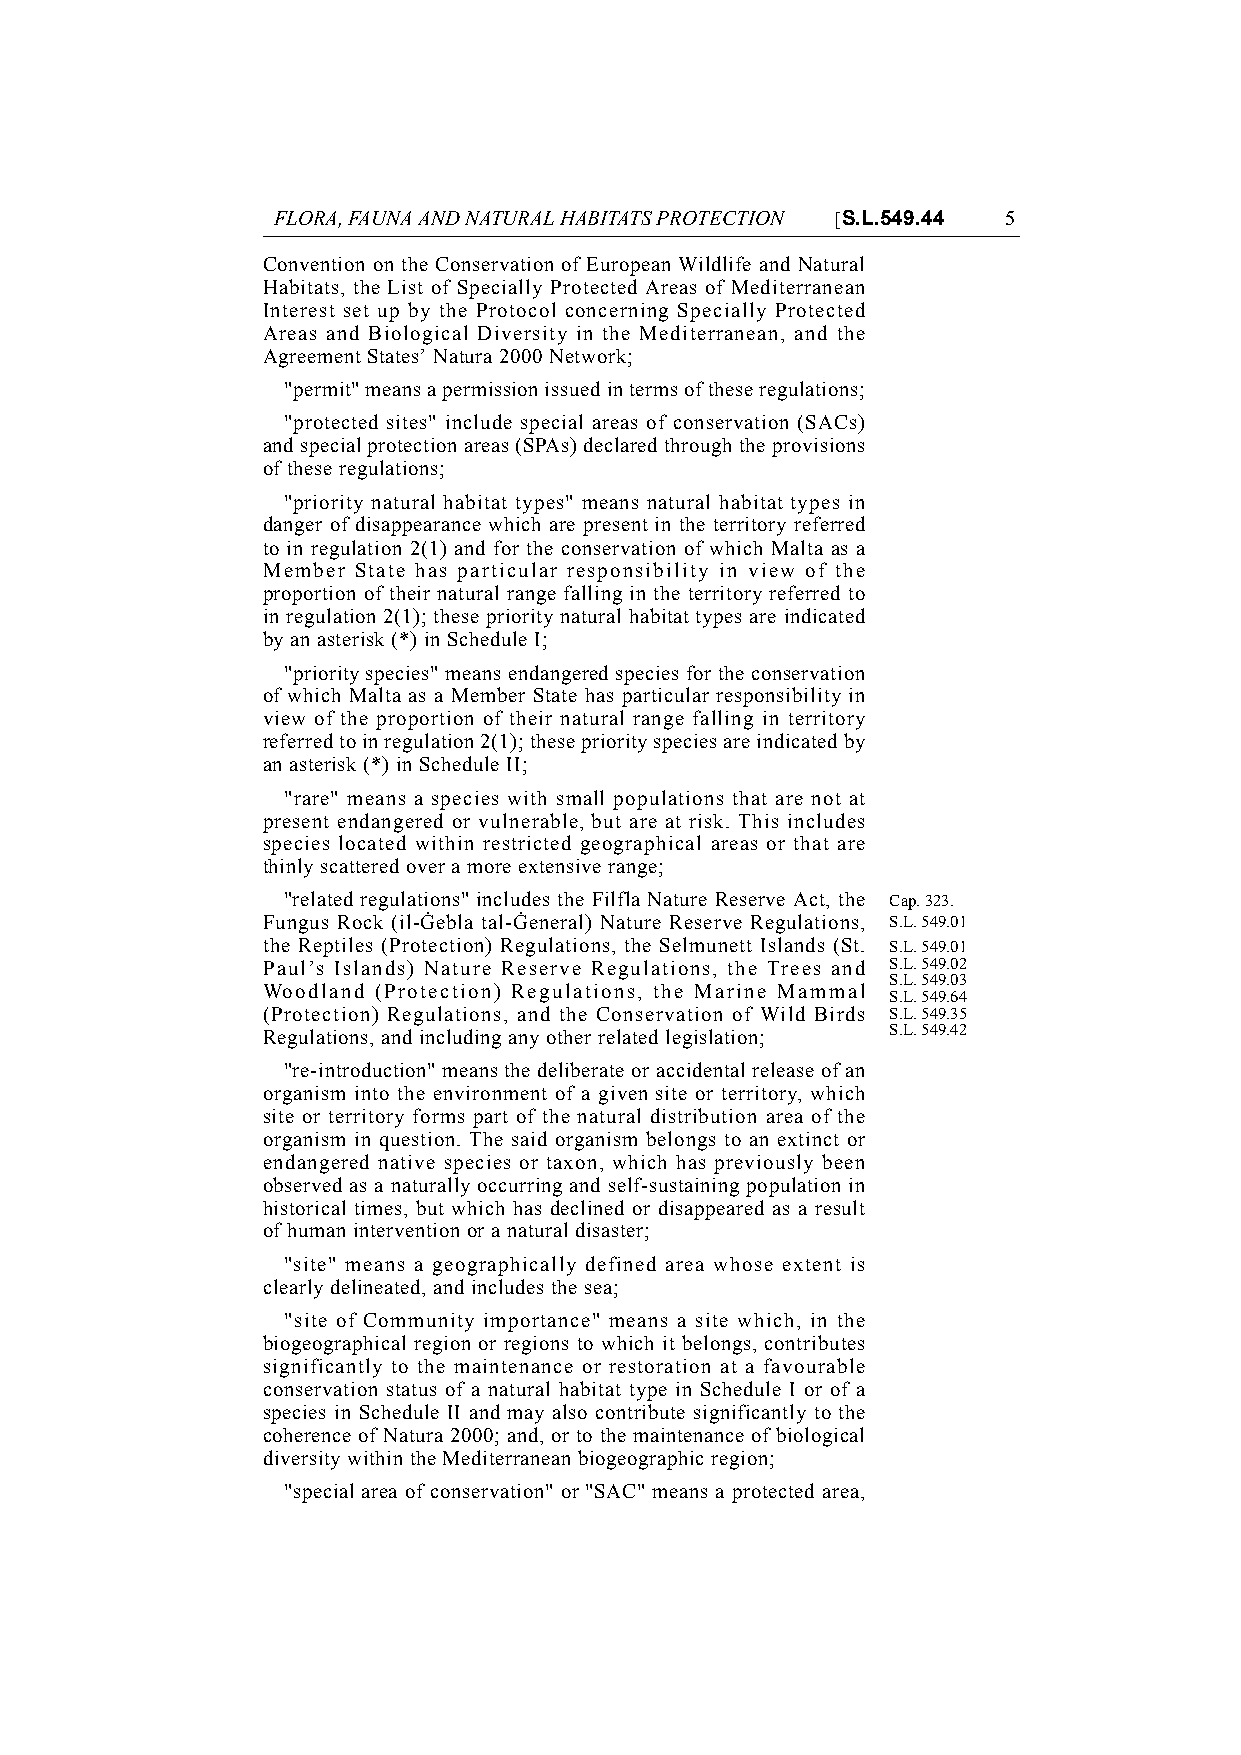
FLORA, FAUNA AND NATURAL HABITATS PROTECTION [S.L.549.44 5
 Convention on the Conservation of European Wildlife and Natural
 Habitats, the List of Specially Protected Areas of Mediterranean
 Interest set up by the Protocol concerning Specially Protected
 Areas and Biological Diversity in the Mediterranean, and the
 Agreement States’ Natura 2000 Network;
 "permit" means a permission issued in terms of these regulations;
 "protected sites" include special areas of conservation (SACs)
 and special protection areas (SPAs) declared through the provisions
 of these regulations;
 "priority natural habitat types" means natural habitat types in
 danger of disappearance which are present in the territory referred
 to in regulation 2(1) and for the conservation of which Malta as a
 Member State has particular responsibility in view of the
 proportion of their natural range falling in the territory referred to
 in regulation 2(1); these priority natural habitat types are indicated
 by an asterisk (*) in Schedule I;
 "priority species" means endangered species for the conservation
 of which Malta as a Member State has particular responsibility in
 view of the proportion of their natural range falling in territory
 referred to in regulation 2(1); these priority species are indicated by
 an asterisk (*) in Schedule II;
 "rare" means a species with small populations that are not at
 present endangered or vulnerable, but are at risk. This includes
 species located within restricted geographical areas or that are
 thinly scattered over a more extensive range;
 "related regulations" includes the Filfla Nature Reserve Act, the Cap. 323.
 Fungus Rock (il-{ebla tal-{eneral) Nature Reserve Regulations, S.L. 549.01
 the Reptiles (Protection) Regulations, the Selmunett Islands (St. S.L. 549.01
 Paul’s Islands) Nature Reserve Regulations, the Trees and S.L. 549.02
 S.L. 549.03
 Woodland (Protection) Regulations, the Marine Mammal
 S.L. 549.64
 (Protection) Regulations, and the Conservation of Wild Birds S.L. 549.35
 Regulations, and including any other related legislation; S.L. 549.42
 "re-introduction" means the deliberate or accidental release of an
 organism into the environment of a given site or territory, which
 site or territory forms part of the natural distribution area of the
 organism in question. The said organism belongs to an extinct or
 endangered native species or taxon, which has previously been
 observed as a naturally occurring and self-sustaining population in
 historical times, but which has declined or disappeared as a result
 of human intervention or a natural disaster;
 "site" means a geographically defined area whose extent is
 clearly delineated, and includes the sea;
 "site of Community importance" means a site which, in the
 biogeographical region or regions to which it belongs, contributes
 significantly to the maintenance or restoration at a favourable
 conservation status of a natural habitat type in Schedule I or of a
 species in Schedule II and may also contribute significantly to the
 coherence of Natura 2000; and, or to the maintenance of biological
 diversity within the Mediterranean biogeographic region;
 "special area of conservation" or "SAC" means a protected area,